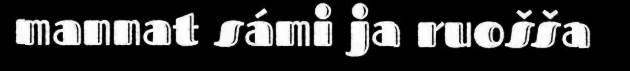
mannat sámi ja ruošša